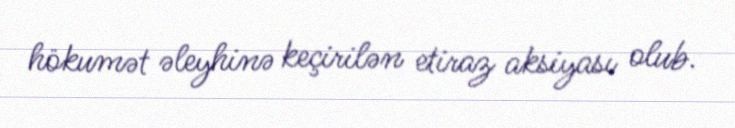
hökumət əleyhinə keçirilən etiraz aksiyası olub.